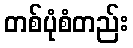
တစ်ပုံစံတည်း